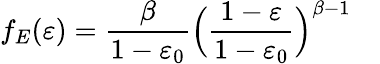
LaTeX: f_{E}(\varepsilon)=\frac{\beta}{1-\varepsilon_{0}}\Bigl(\frac{1-\varepsilon}{1-\varepsilon_{0}}\Bigr)^{\beta-1}\quad